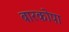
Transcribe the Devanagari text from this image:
बारकोपा